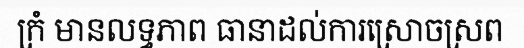
ក្រំ មានលទ្ធភាព ធានាដល់ការស្រោចស្រព